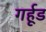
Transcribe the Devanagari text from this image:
गर्हूड